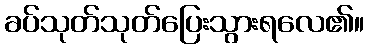
ခပ်သုတ်သုတ်ပြေးသွားရလေ၏။